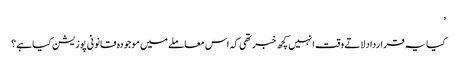
’
کیا یہ قرارداد لاتے وقت انہیں کچھ خبر تھی کہ اس معاملے میں موجودہ قانونی پوزیشن کیا ہے؟